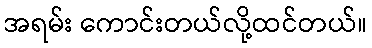
အရမ်း ကောင်းတယ်လို့ထင်တယ်။